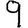
Digit: 9